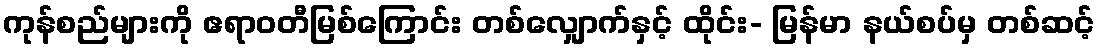
ကုန်စည်များကို ဧရာဝတီမြစ်ကြောင်း တစ်လျှောက်နှင့် ထိုင်း- မြန်မာ နယ်စပ်မှ တစ်ဆင့်